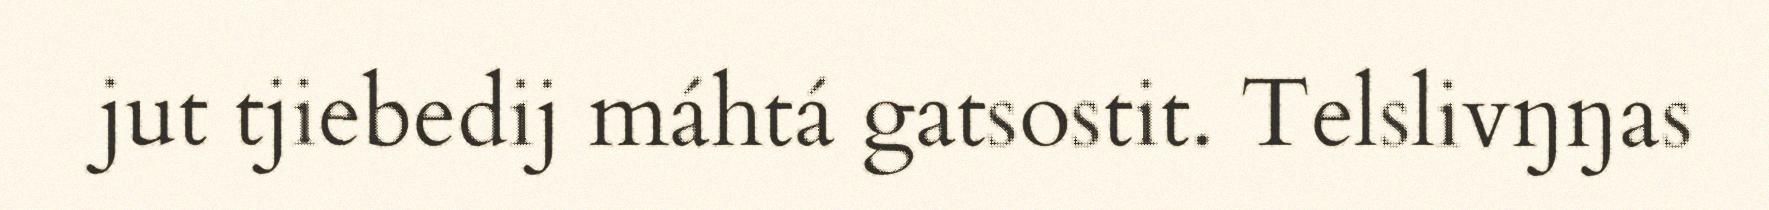
jut tjiebedij máhtá gatsostit. Telslivŋŋas